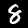
Digit: 8